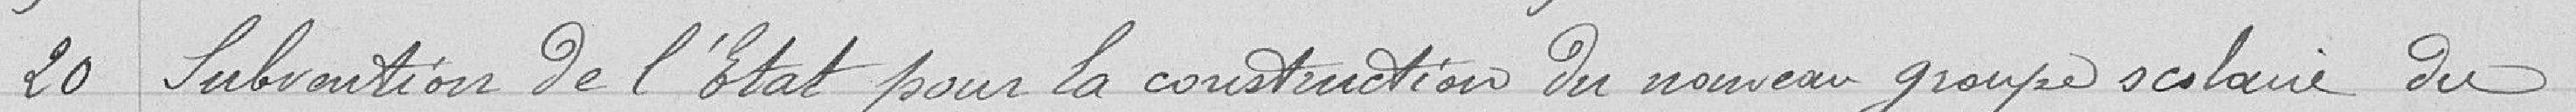
20 Subvention de l'Etat pour la construction du nouveau groupe scolaire du